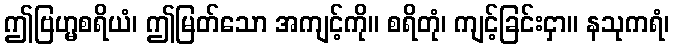
ဤဗြဟ္မစရိယံ၊ ဤမြတ်သော အကျင့်ကို။ စရိတုံ၊ ကျင့်ခြင်းငှာ။ နသုကရံ၊